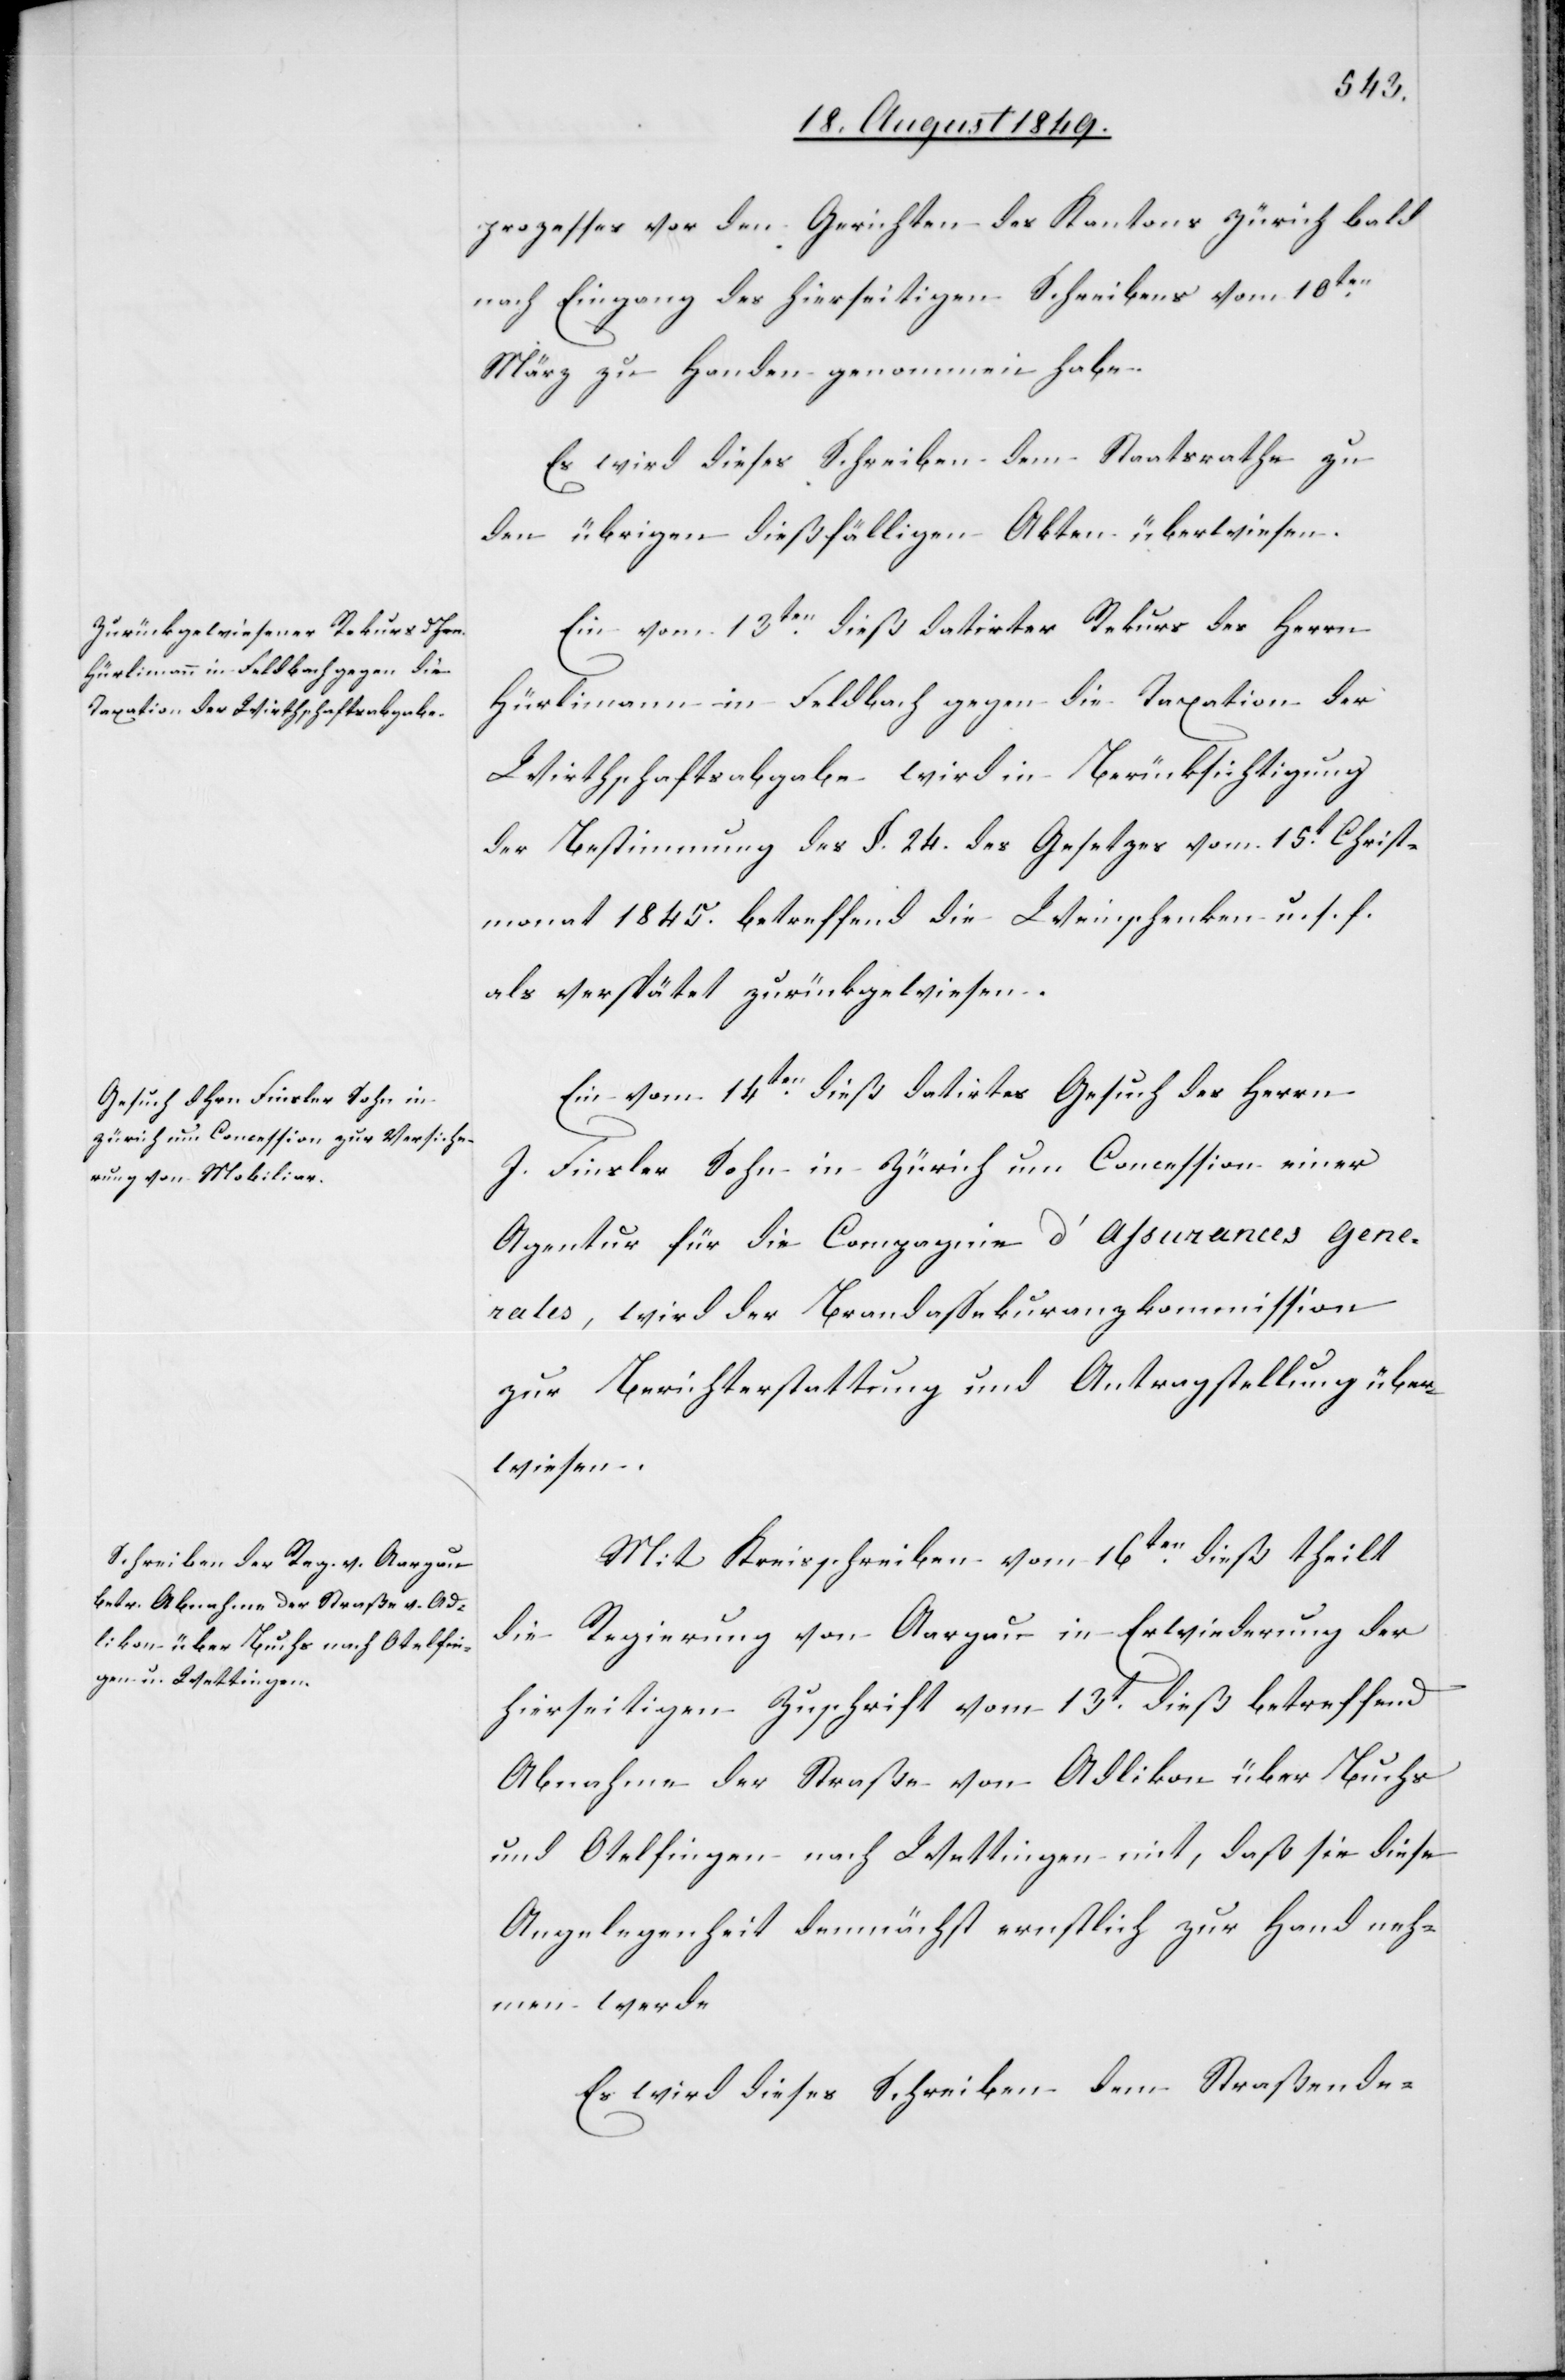
prozesses vor den Gerichten des Kantons Zürich bald
nach Eingang des hierseitigen Schreibens vom 10ten
März zu Handen genommen habe.
Es wird dieses Schreiben dem Staatsrate zu
den übrigen dießfälligen Akten überwiesen.
Ein vom 13ten dieß datirter Rekurs des Herrn
Hürlimann in Feldbach gegen die Taxation der
Wirthschaftsabgabe wird in Berücksichtigung
der Bestimmung des §. 24. des Gesetzes vom 15t Christ¬
monat 1845. betreffend die Weinschenken u. s. f.
als verspätet zurückgewiesen.
Ein vom 14ten dieß datirtes Gesuch des Herrn
J. Finsler Sohn in Zürich um Concession einer
Agentur für die Compagnie d’Assurances Gene¬
rales, wird der Brandassekuranzkommission
zur Berichterstattung und Antragstellung über¬
wiesen.
Mit Kreisschreiben vom 16ten dieß theilt
die Regierung von Aargau in Erwiederung der
hierseitigen Zuschrift vom 13t dieß betreffend
Abnahme der Straße von Adlikon über Buchs
und Otelfingen nach Wettingen mit, daß sie diese
Angelegenheit demnächst ernstlich zur Hand neh¬
men werde.
Es wird dieses Schreiben dem Straßende-